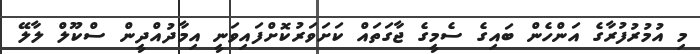
މި އުމުރުފުރާގެ އަންހެން ބައިގެ ސެމީގެ ޖާގަތައް ކަށަވަރުކޮށްފައިވަނީ އިމާދުއްދީން ސްކޫލް ލާލޭ